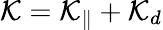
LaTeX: {\cal K}={\cal K}_{\| }+{\cal K}_{d}